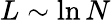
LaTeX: L\sim\ln{N}